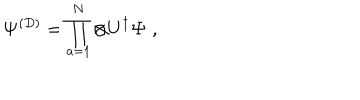
{ \bf \Psi } ^ { ( D ) } = \prod _ { a = 1 } ^ { N } \otimes U ^ { \dagger } { \bf \Psi } \; ,